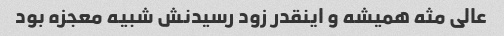
عالی مثه همیشه و اینقدر زود رسیدنش شبیه معجزه بود